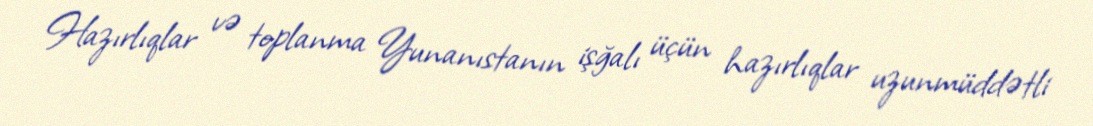
Hazırlıqlar və toplanma Yunanıstanın işğalı üçün hazırlıqlar uzunmüddətli